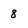
Character: 8